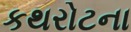
કથરોટના